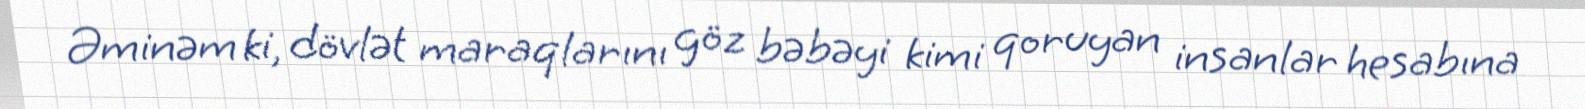
Əminəm ki, dövlət maraqlarını göz bəbəyi kimi qoruyan insanlar hesabına